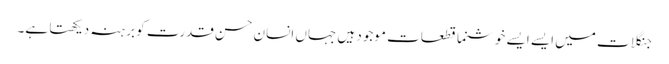
جنگلات میں ایسے ایسے خوشنما قطعات موجود ہیں جہاں انسان حسن قدرت کو برہنہ دیکھتا ہے۔